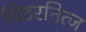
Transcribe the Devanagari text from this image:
विंटरनित्ज